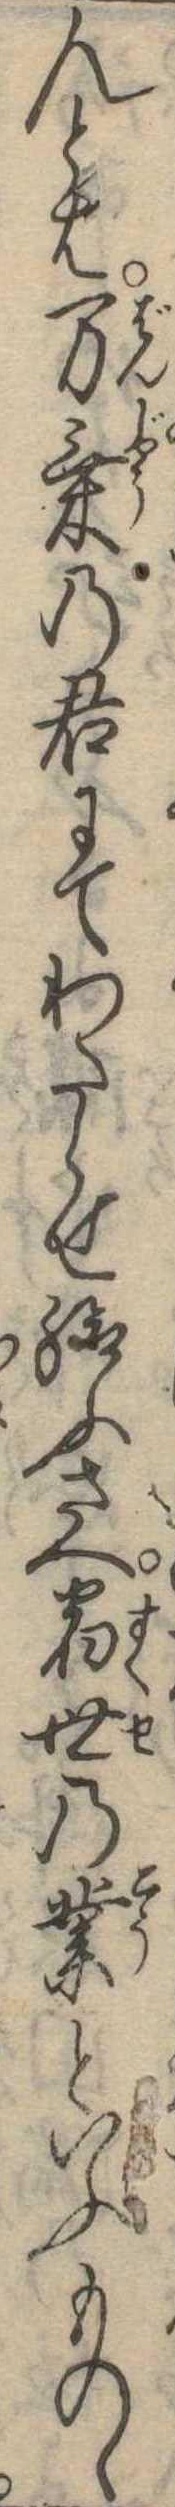
んとは万乗の君にてわたらせ給ふさへ宿世の業といふものゝ